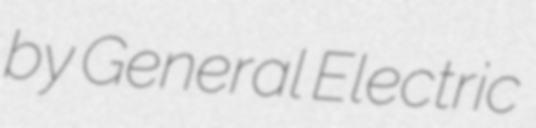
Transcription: by General Electric